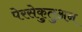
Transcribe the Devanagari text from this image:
पेरसेकुतुअन